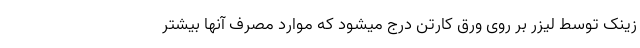
زینک توسط لیزر بر روی ورق کارتن درج میشود که موارد مصرف آنها بیشتر